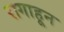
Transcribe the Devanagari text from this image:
रागाहून